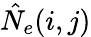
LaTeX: \hat{N}_{e}(i,j)